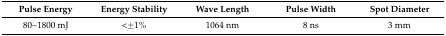
<table><thead><tr><td><b>Pulse Energy</b></td><td><b>Energy Stability</b></td><td><b>Wave Length</b></td><td><b>Pulse Width</b></td><td><b>Spot Diameter</b></td></tr></thead><tbody><tr><td>80~1800 mJ</td><td>&lt;±1%</td><td>1064 nm</td><td>8 ns</td><td>3 mm</td></tr></tbody></table>